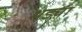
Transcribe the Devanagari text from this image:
थड्या